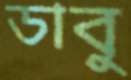
ডাবু